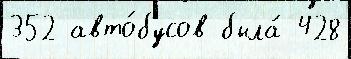
352 авто́бусов была́ 428